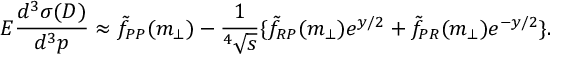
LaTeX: E \frac { d ^ { 3 } \sigma ( D ) } { d ^ { 3 } p } \approx \tilde { f } _ { \cal P P } ( m _ { \bot } ) - \frac { 1 } { ^ 4 \sqrt { s } } \{ \tilde { f } _ { \cal R P } ( m _ { \bot } ) e ^ { y / 2 } + \tilde { f } _ { \cal P R } ( m _ { \bot } ) e ^ { - y / 2 } \} .